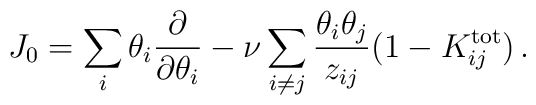
J_0 =    \sum_i  \theta_i {\partial\over \partial \theta_i}-\nu\sum_{i\ne j}{\theta_{i}\theta_{j}\over z_{ij}}(1-K_{ij}^{{\rm tot}})\,.